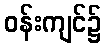
ဝန်းကျင်၌